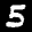
Label: 5